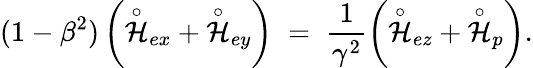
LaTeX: (1-\beta^{2})\left(\stackrel{\circ}{\cal H}_{ex}+\stackrel{\circ}{\cal H}_{ey}\right)\; =\; \frac{1}{\gamma^{2}}\left(\stackrel{\circ}{\cal H}_{ez}+\stackrel{\circ}{\cal H}_{p}\right).